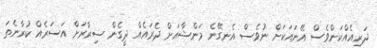
ދަރިއެއްކަންވެސް އޭނައަކަށް ނުވެސް އެނގޭނެ މަންޝާއަށް ދެރައެއް ދީގެން ޟިރާރަށް އަސަރެއް ކުރާނެތަ